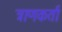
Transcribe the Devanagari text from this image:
त्राणकर्ता